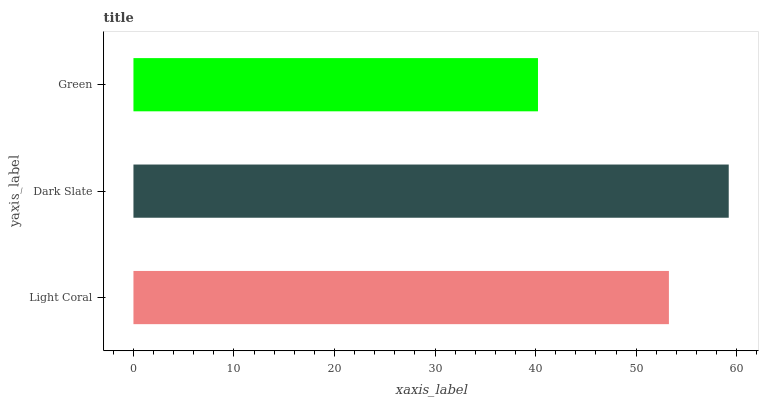
| yaxis_label | bars |
 | --- | --- |
 | Light Coral | 53.3 |
 | Dark Slate | 59.2 |
 | Green | 40.2 |